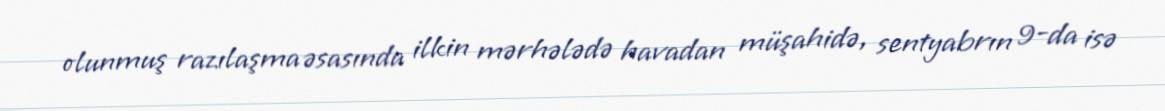
olunmuş razılaşma əsasında ilkin mərhələdə havadan müşahidə, sentyabrın 9-da isə